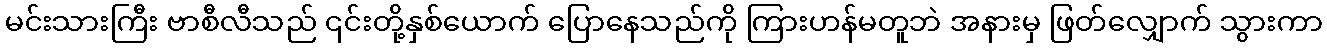
မင်းသားကြီး ဗာစီလီသည် ၎င်းတို့နှစ်ယောက် ပြောနေသည်ကို ကြားဟန်မတူဘဲ အနားမှ ဖြတ်လျှောက် သွားကာ